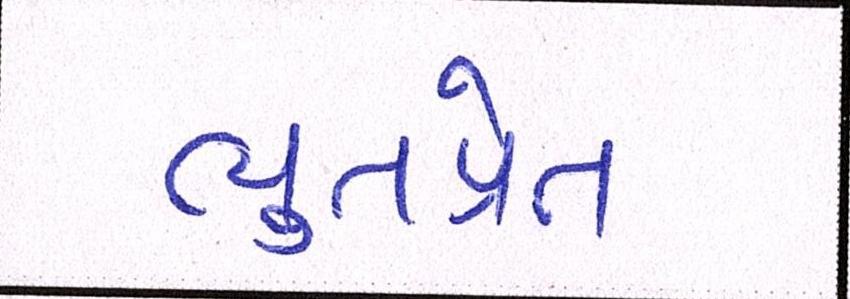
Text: ભુતપ્રેત